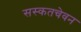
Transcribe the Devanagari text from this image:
सस्कतचेवन